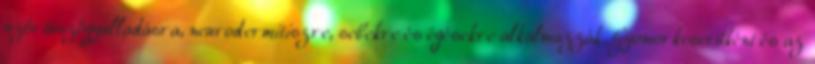
szőrtüszőgyulladásra, neurodermitiszre, sebekre és égésekre alkalmazzák. Gyomorkeserűként és az